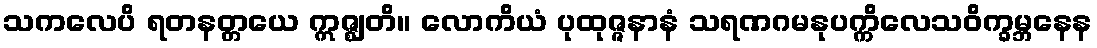
သကလေပိ ရတနတ္တယေ ဣဇ္ဈတိ။ လောကိယံ ပုထုဇ္ဇနာနံ သရဏဂမနုပက္ကိလေသဝိက္ခမ္ဘနေန